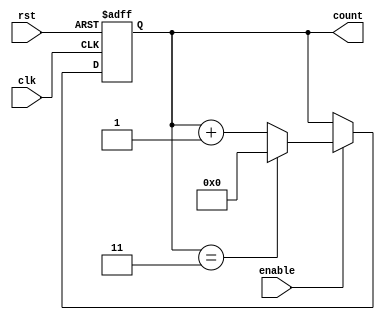
module Modulo_N_Up_Counter_with_Enable (
    input wire clk,           // Clock signal
    input wire rst,           // Reset signal
    input wire enable,        // Enable signal
    output reg [N-1:0] count  // Modulo-N Up Counter output
);

parameter N = 4;  // Define the modulus value

always @(posedge clk or posedge rst) begin
    if (rst) begin
        count <= 0;
    end else begin
        if (enable) begin
            if (count == N-1) begin
                count <= 0;
            end else begin
                count <= count + 1;
            end
        end
    end
end

endmodule